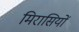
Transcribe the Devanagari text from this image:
मिरासियों